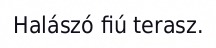
Halászó fiú terasz.